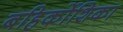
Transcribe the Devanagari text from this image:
बहिर्कोशिका